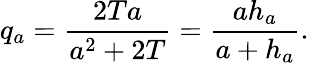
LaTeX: q_{a}={\frac{2Ta}{a^{2}+2T}}={\frac{ah_{a}}{a+h_{a}}}.